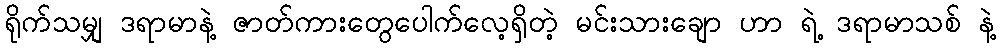
ရိုက်သမျှ ဒရာမာနဲ့ ဇာတ်ကားတွေပေါက်လေ့ရှိတဲ့ မင်းသားချော ဟာ ရဲ့ ဒရာမာသစ် နဲ့